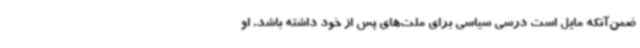
ضمن‌آنکه مایل است درسی سیاسی برای ملت‌های پس از خود داشته باشد. او